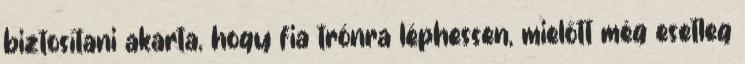
biztosítani akarta, hogy fia trónra léphessen, mielőtt még esetleg